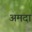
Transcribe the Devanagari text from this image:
अमदा